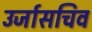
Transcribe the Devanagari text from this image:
उर्जासचिव